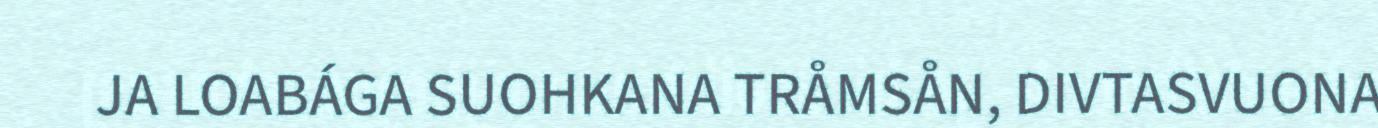
JA LOABÁGA SUOHKANA TRÅMSÅN, DIVTASVUONA